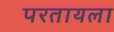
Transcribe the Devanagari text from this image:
परतायला